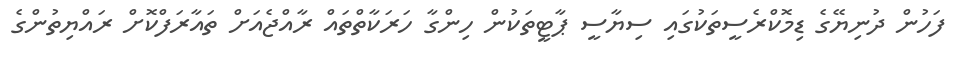
ފަހުން ދުނިޔޭގެ ޑިމޮކްރެސީތަކުގައި ސިޔާސީ ޕާޓީތަކުން ހިންގާ ހަރަކާތްތައް ރާއްޖެއަށް ތައާރަފްކޮށް ރައްޔިތުންގެ